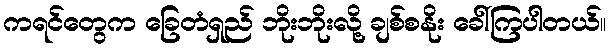
ကရင်တွေက ခြေတံရှည် ဘိုးဘိုးလို့ ချစ်စနိုး ခေါ်ကြပါတယ်။